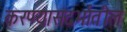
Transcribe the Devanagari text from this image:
करण्यासंदर्भातील